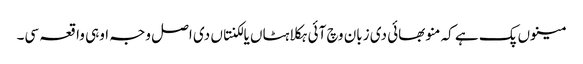
مینوں پک ہے کہ منو بھائی دی زبان وچ آئی ہکلاہٹاں یا لکنتاں دی اصل وجہ اوہی واقعہ سی۔